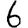
Digit: 6